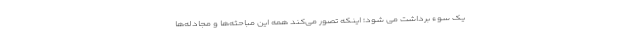
یک سوءِ برداشت می شود؛ اینکه تصور می‌کند همه این مباحثه‌ها و مجادله‌ها